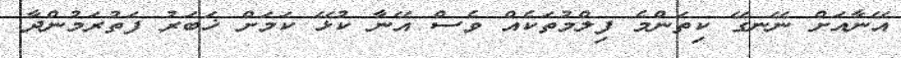
އޭނާއަށް ނޭނގޭ ކިތަންމެ ފިލްމުތަކެއް ވެސް އޭނާ ކުޅޭ ކަމަށް ޚަބަރު ފަތުރަމުންދާ